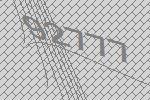
92777